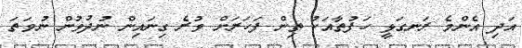
އަދި އެންމެ ރަނގަޅީ ހަފުތާއަކު ތިން ފަހަރަށް ވުރެ ގިނައިން ނުދުވުން ނުވަތަ